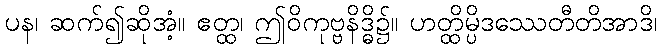
ပန၊ ဆက်၍ဆိုအံ့။ ဧတ္ထ၊ ဤဝိကုဗ္ဗနိဒ္ဓိ၌။ ဟတ္ထိမ္ပိဒဿေတီတိအာဒိ၊